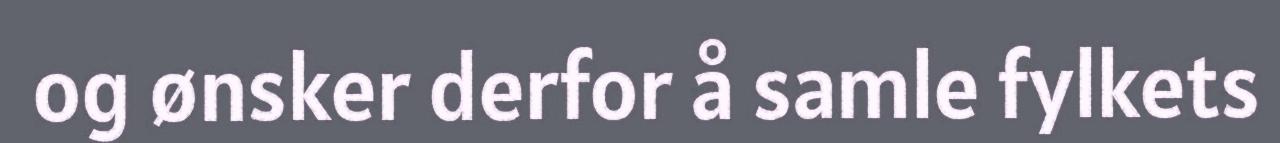
og ønsker derfor å samle fylkets